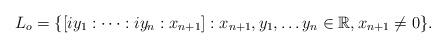
LaTeX: \begin{align*}L_o=\{[iy_1:\cdots :iy_n:x_{n+1}] : x_{n+1},y_1, \dots y_n \in \mathbb{R}, x_{n+1} \neq 0\}.\end{align*}